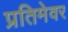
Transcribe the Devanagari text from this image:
प्रतिमेवर